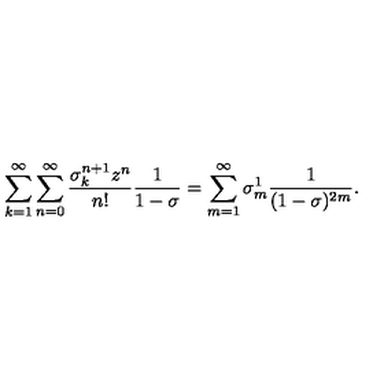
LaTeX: \sum _ { k = 1 } ^ { \infty } \sum _ { n = 0 } ^ { \infty } \frac { \sigma _ { k } ^ { n + 1 } z ^ { n } } { n ! } \frac { 1 } { 1 - \sigma } = \sum _ { m = 1 } ^ { \infty } \sigma _ { m } ^ { 1 } \frac { 1 } { ( 1 - \sigma ) ^ { 2 m } } .